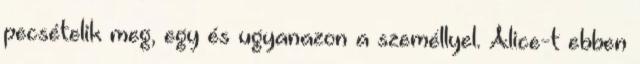
pecsételik meg, egy és ugyanazon a személlyel. Alice-t ebben